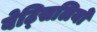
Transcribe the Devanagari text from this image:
बेट्सिलियो